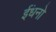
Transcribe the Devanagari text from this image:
ईंधनो